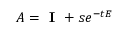
\boldsymbol { A } = \textbf { I } + s e ^ { - t \boldsymbol { E } }